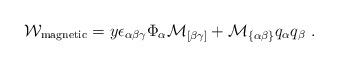
LaTeX: \begin{align*}{\cal W}_{\rm{\small magnetic}}=y\epsilon_{\alpha\beta\gamma}\Phi_\alpha {\cal M}_{[\beta\gamma]}+{\cal M}_{\{\alpha\beta\}}q_\alpha q_\beta~.\end{align*}